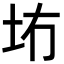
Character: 𪢹